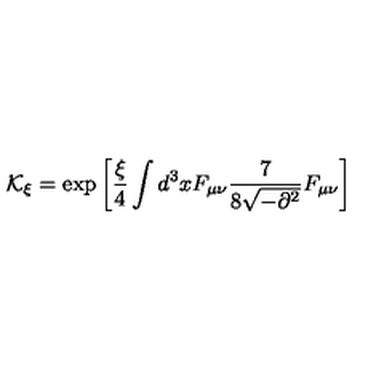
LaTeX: { \mathcal K } _ { \xi } = \exp \left[ \frac { \xi } { 4 } \int d ^ { 3 } x F _ { \mu \nu } \frac { 7 } { 8 \sqrt { - \partial ^ { 2 } } } F _ { \mu \nu } \right]